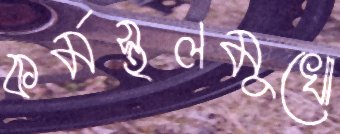
কর্মস্থলমুখো